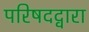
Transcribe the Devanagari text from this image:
परिषदद्वारा